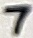
Text: 7